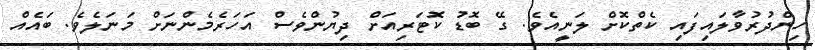
ހިންދުރުވާލައިފައި ކެތްކޮށް ލަނީއެވެ. ގޭ ބޮޑު ކޮޓަރިއަށް ދިޔުންވެސް އަހަރެމެންނަށް މަނަލެވެ. ބައެއް